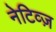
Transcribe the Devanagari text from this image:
नेटिव्ज़